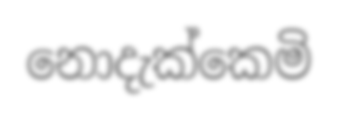
නොදැක්කෙමි